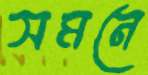
সমনে